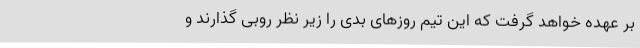
بر عهده خواهد گرفت که این تیم روزهای بدی را زیر نظر روبی گذارند و